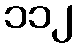
၁၁၂